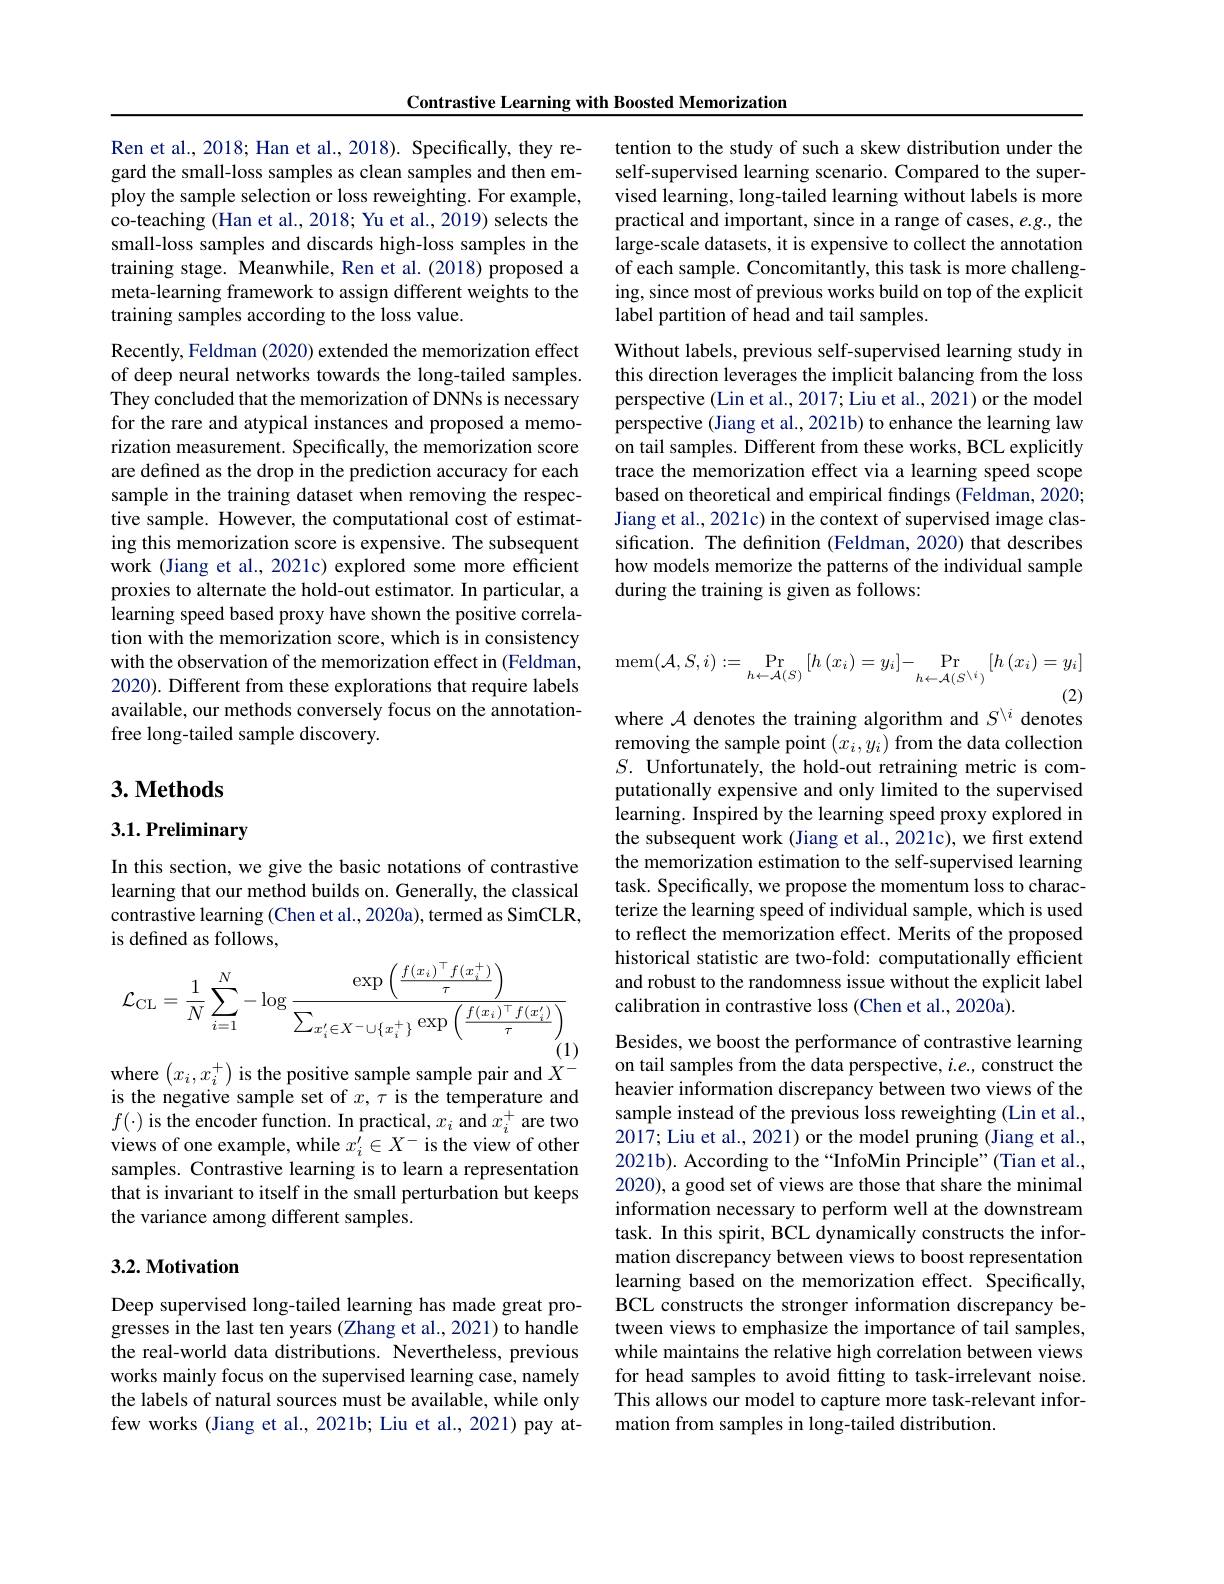
Contrastive Learning with Boosted Memorization

Ren et al., 2018; Han et al., 2018). Specifically, they regard the small-loss samples as clean samples and then employ the sample selection or loss reweighting. For example, co-teaching (Han et al., 2018; Yu et al., 2019) selects the small-loss samples and discards high-loss samples in the training stage. Meanwhile, Ren et al. (2018) proposed a meta-learning framework to assign different weights to the training samples according to the loss value.
Recently, Feldman (2020) extended the memorization effect of deep neural networks towards the long-tailed samples. They concluded that the memorization of DNNs is necessary for the rare and atypical instances and proposed a memorization measurement. Specifically, the memorization score are defined as the drop in the prediction accuracy for each sample in the training dataset when removing the respective sample. However, the computational cost of estimating this memorization score is expensive. The subsequent work (Jiang et al., 2021c) explored some more efficient proxies to alternate the hold-out estimator. In particular, a learning speed based proxy have shown the positive correlation with the memorization score, which is in consistency with the observation of the memorization effect in (Feldman, 2020). Different from these explorations that require labels available, our methods conversely focus on the annotationfree long-tailed sample discovery.

## $3. \textbf{Methods}$

$3. 1. \textbf{Preliminary}$

In this section, we give the basic notations of contrastive learning that our method builds on. Generally, the classical contrastive learning (Chen et al.,2020a), termed as SimCLR, is defined as follows,
$$\mathcal{L}_{\mathrm{CL}}=\frac{1}{N}\sum_{i=1}^{N}-\log\frac{\exp\left(\frac{f(x_{i})^{\top}f(x_{i}^{+})}{\tau}\right)}{\sum_{x_{i}^{\prime}\in X^{-}\cup\{x_{i}^{+}\}}\exp\left(\frac{f(x_{i})^{\top}f(x_{i}^{\prime})}{\tau}\right)}$$
where $\left(x_i,x_i^+\right)$ is the positive sample sample pair and $X^-$

is the negative sample set of $x,\tau$ is the temperature and $f(\cdot)$ is the encoder function. In practical, $x_i$ and $x_i^+$ are two views of one example, while $x_i^{\prime}\in X^-$ is the view of other samples. Contrastive learning is to learn a representation that is invariant to itself in the small perturbation but keeps the variance among different samples.

## 3.2. Motivation

Deep supervised long-tailed learning has made great progresses in the last ten years (Zhang et al., 2021) to handle the real-world data distributions. Nevertheless, previous works mainly focus on the supervised learning case, namely the labels of natural sources must be available, while only few works (Jiang et al., 2021b; Liu et al., 2021) pay at-

tention to the study of such a skew distribution under the self-supervised learning scenario. Compared to the supervised learning, long-tailed learning without labels is more practical and important, since in a range of cases, e.g., the large-scale datasets, it is expensive to collect the annotation of each sample. Concomitantly, this task is more challenging, since most of previous works build on top of the explicit label partition of head and tail samples.

Without labels, previous self-supervised learning study in this direction leverages the implicit balancing from the loss perspective (Lin et al., 2017; Îu et al., 2021) or the model perspective (Jiang et al., 2021b) to enhance the learning law on tail samples. Different from these works, BCL explicitly trace the memorization effect via a learning speed scope based on theoretical and empirical findings (Feldman, 2020; Jiang et al., 2021c) in the context of supervised image classification. The definition (Feldman, 2020) that describes how models memorize the patterns of the individual sample during the training is given as follows:
$$\mathrm{mem}(\mathcal{A},S,i):=\operatorname*{Pr}_{h\leftarrow\mathcal{A}(S)}\left[h\left(x_{i}\right)=y_{i}\right]-\operatorname*{Pr}_{h\leftarrow\mathcal{A}(S^{\setminus i})}\left[h\left(x_{i}\right)=y_{i}\right]$$
(2)
where $\mathcal{A}$ denotes the training algorithm and $S^\backslash i$ denotes

removing the sample point $(x_i,y_i)$ from the data collection $S.$ Unfortunately, the hold-out retraining metric is computationally expensive and only limited to the supervised $\hat{\text{learning. Inspired by the learning speed proxy explored in}}$ the subsequent work (Jiang et al., 2021c), we first extend the memorization estimation to the self-supervised learning task. Specifically, we propose the momentum loss to characterize the learning speed of individual sample, which is used to reflect the memorization effect. Merits of the proposed historical statistic are two-fold: computationally efficient and robust to the randomness issue without the explicit label calibration in contrastive loss (Chen et al., 2020a).

Besides, we boost the performance of contrastive learning on tail samples from the data perspective, $i.e.$, construct the heavier information discrepancy between two views of the sample instead of the previous loss reweighting (Lin et al., 2017; Liu et al., 2021) or the model pruning (Jiang et al., 2021b). According to the“InfoMin Principle”(Tian et al., 2020), a good set of views are those that share the minimal information necessary to perform well at the downstream task. In this spirit, BCL dynamically constructs the information discrepancy between views to boost representation learning based on the memorization effect. Specifically BCL constructs the stronger information discrepancy between views to emphasize the importance of tail samples, while maintains the relative high correlation between views for head samples to avoid fitting to task-irrelevant noise. This allows our model to capture more task-relevant information from samples in long-tailed distribution.